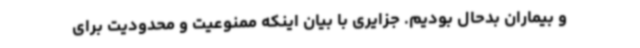
و بیماران بدحال بودیم. جزایری با بیان اینکه ممنوعیت و محدودیت برای